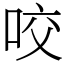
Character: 咬